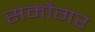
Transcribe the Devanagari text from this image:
समौगर